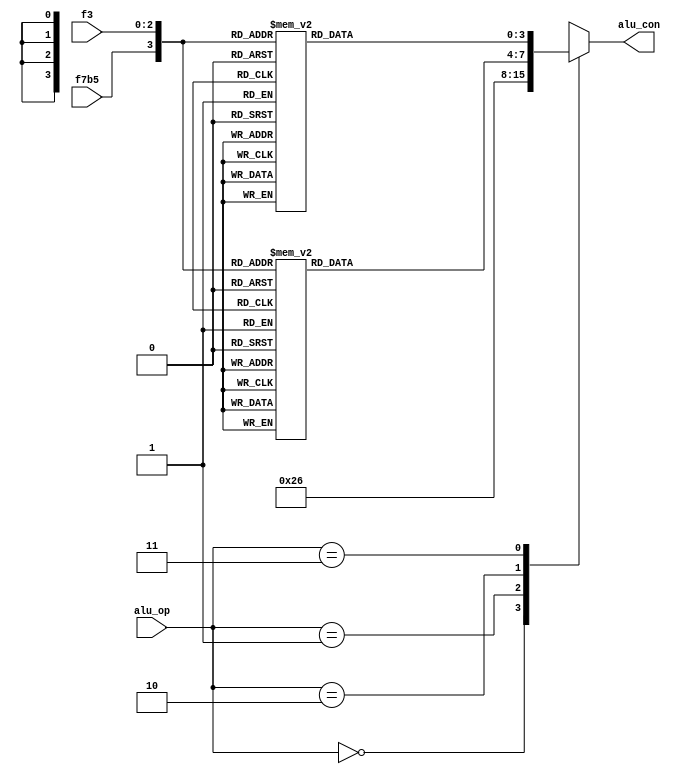
module alu_decoder (
    input [1:0] alu_op,
    input [2:0] f3,
    input f7b5,
    output reg [3:0] alu_con
);
    always @(*)
begin
case (alu_op)
    2'b00 : alu_con <= 4'b0010;
    2'b01 : alu_con <= 4'b0110;
    2'b10 : case({f7b5,f3})
        4'b0000 : alu_con <= 4'b0010; // add
        4'b1000 : alu_con <= 4'b0110; // sub
        4'b0111 : alu_con <= 4'b0000; // and
        4'b0110 : alu_con <= 4'b0001; // or
        4'b0001 : alu_con <= 4'b0011; // sll
        4'b0010 : alu_con <= 4'b0100; // slt
        4'b0011 : alu_con <= 4'b0101; // sltu
        4'b0100 : alu_con <= 4'b0111; // xor
        4'b0101 : alu_con <= 4'b1000; // srl
        4'b1101 : alu_con <= 4'b1010; // sra
        default : alu_con <= 4'bxxxx;
        endcase
    2'b11 : case({f7b5,f3})
        4'b0000 : alu_con <= 4'b0010; // addi
        4'b0010 : alu_con <= 4'b0100; // slti
        4'b0011 : alu_con <= 4'b0101; // sltui
        4'b0100 : alu_con <= 4'b0111; // xori
        4'b0110 : alu_con <= 4'b0001; // ori
        4'b0111 : alu_con <= 4'b0000; // andi
        4'b0001 : alu_con <= 4'b0011; // slli
        4'b0101 : alu_con <= 4'b1000; // srli
        4'b1101 : alu_con <= 4'b1010; // srai
        default : alu_con <= 4'bxxxx;
        endcase
endcase
end
endmodule